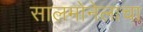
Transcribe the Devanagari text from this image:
सालमोनेलाचा